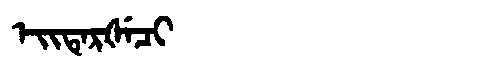
Manchu: ᡝᡳᡨᡝᡵᡧᡝᠴᡳ
Romanization: EITERŠECI